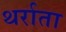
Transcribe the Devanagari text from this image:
थर्राता